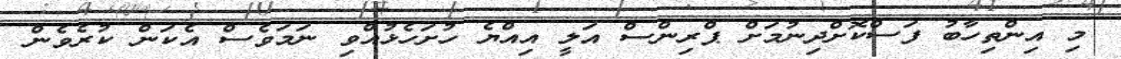
މި އިންތިހާބު ފަސްކޮށްދިނުމަށް ޕްރިންސް އަލީ އިއްޔެ ހުށަހެޅުއްވި ނަމަވެސް އެކަން ކުރެވެން